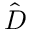
\hat { D }